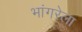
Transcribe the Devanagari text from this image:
भांगरेला